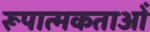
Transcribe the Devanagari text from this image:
रूपात्मकताओं